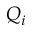
Q _ { i }